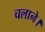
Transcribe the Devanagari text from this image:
चलाने।